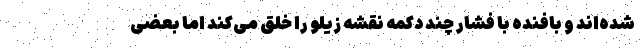
شده‌اند و بافنده با فشار چند دکمه نقشه زیلو را خلق می‌کند اما بعضی